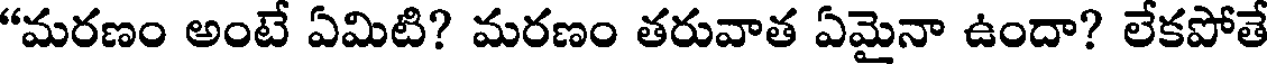
"మరణం అంటే ఏమిటి? మరణం తరువాత ఏమైనా ఉందా? లేకపోతే